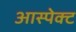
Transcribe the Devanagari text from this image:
आस्पेक्ट